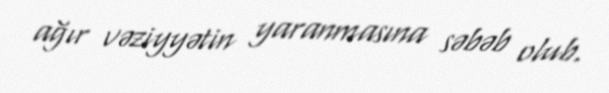
ağır vəziyyətin yaranmasına səbəb olub.